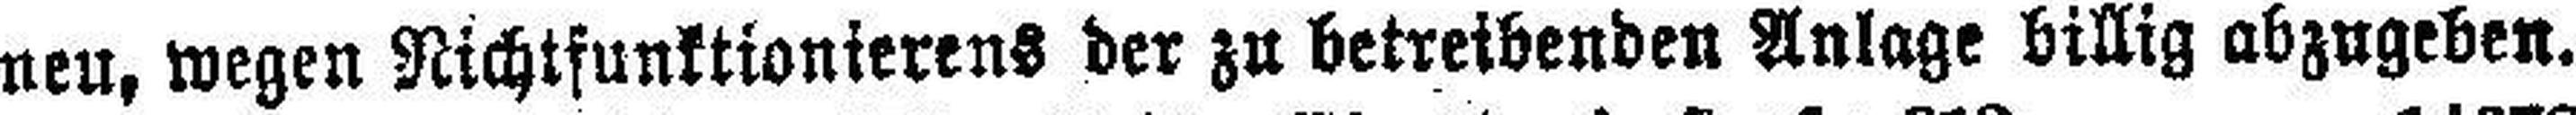
neu, wegen Nichtsunktionierens der zu betreibenden Anlage billig abzugeben.